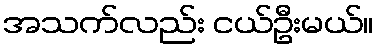
အသက်လည်း ငယ်ဦးမယ်။